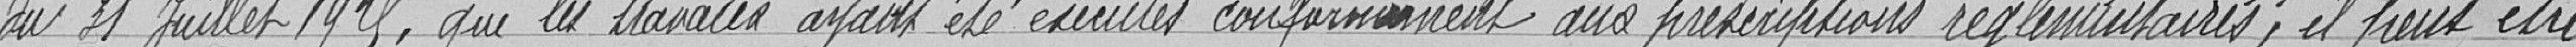
du 31 juillet 1925, que les travaux ayant été exécutés conformément aux prescriptions réglementaires, il peut être